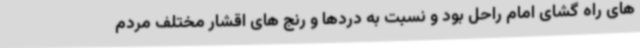
های راه گشای امام راحل بود و نسبت به دردها و رنج های اقشار مختلف مردم